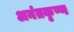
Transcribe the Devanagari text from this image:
अनंतकृष्ण